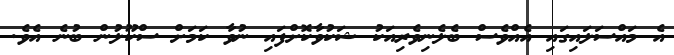
އެ މައްސަލައިގައި އެއްވެސް ބެލެނިވެރިއަކު ޝަކުވާކޮށްފައި ނުވާ ކަމަށް ސްކޫލުން ބުނެ އެވެ.